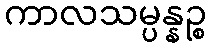
ကာလသမ္ပန္နဉ္စ